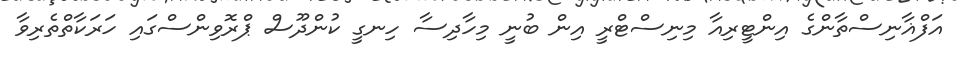
އަފްޣާނިސްތާންގެ އިންޓީރިއާ މިނިސްޓްރީ އިން ބުނީ މިހާދިސާ ހިނގީ ކުންދޫސް ޕްރޮވިންސްގައި ހަރަކާތްތެރިވާ